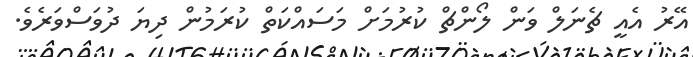
އޭރު އެއީ ޗެނަލް ވަން ލޯންޗް ކުރުމަށް މަސައްކަތް ކުރަމުން ދިޔަ ދުވަސްވަރެވެ.